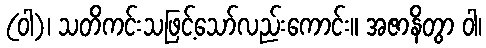
(ဝါ)၊ သတိကင်းသဖြင့်သော်လည်းကောင်း။ အဇာနိတွာ ဝါ၊